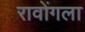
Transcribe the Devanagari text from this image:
रावोंगला